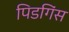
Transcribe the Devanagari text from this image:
पिडगिंस